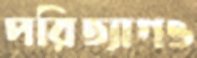
পরিত্যাগও